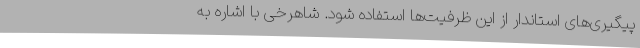
پیگیری‌های استاندار از این ظرفیت‌ها استفاده شود. شاهرخی با اشاره به